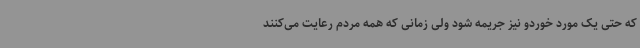
که حتی یک مورد خوردو نیز جریمه شود ولی زمانی که همه مردم رعایت می‌کنند